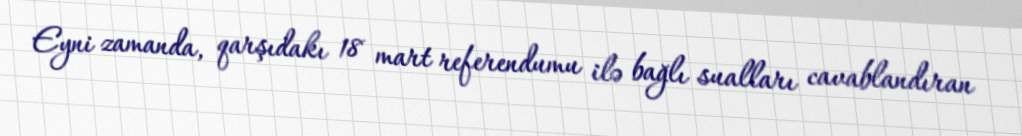
Eyni zamanda, qarşıdakı 18 mart referendumu ilə bağlı sualları cavablandıran